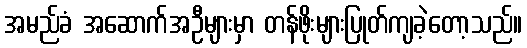
အမည်ခံ အဆောက်အဦများမှာ တန်ဖိုးများပြုတ်ကျခဲ့တော့သည်။